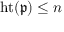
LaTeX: \operatorname { h t } ( { \mathfrak { p } } ) \leq n